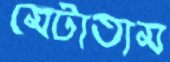
মেটাতাম